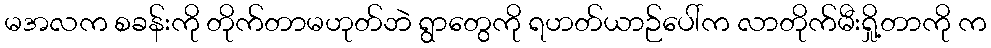
မအလက စခန်းကို တိုက်တာမဟုတ်ဘဲ ရွာတွေကို ရဟတ်ယာဉ်ပေါ်က လာတိုက်မီးရှို့တာကို က